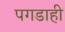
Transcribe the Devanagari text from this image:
पगडाही